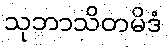
သုဘာသိတမိဒံ